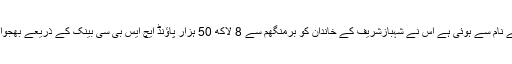
تحقیقات کاروں کے مطابق ایک اور شخص جس کی شناخت محبوب علی کے نام سے ہوئی ہے اس نے شہبازشریف کے خاندان کو برمنگھم سے 8 لاکھ 50 ہزار پاﺅنڈ ایچ ایس بی سی بینک کے ذریعے بھجوائے جو کہ لاہور کی گلیوں میں اشیاءفروخت کرکے اپنا گزر بسر کرتا ہے ۔